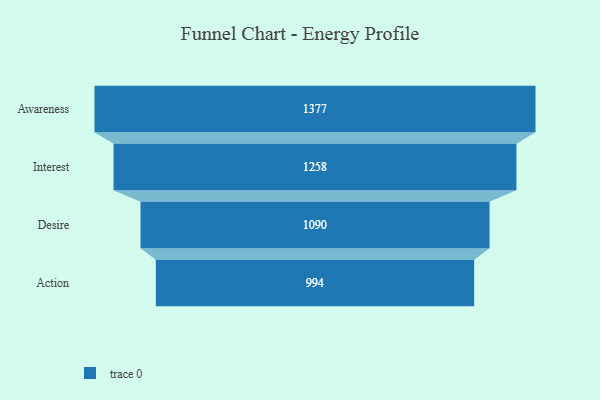
{"axis": {"x": "Stage", "y": "Value"}, "legend": [""], "data": [{"x": "Awareness", "y": 1377.0, "type": ""}, {"x": "Interest", "y": 1258.0, "type": ""}, {"x": "Desire", "y": 1090.0, "type": ""}, {"x": "Action", "y": 994.0, "type": ""}]}